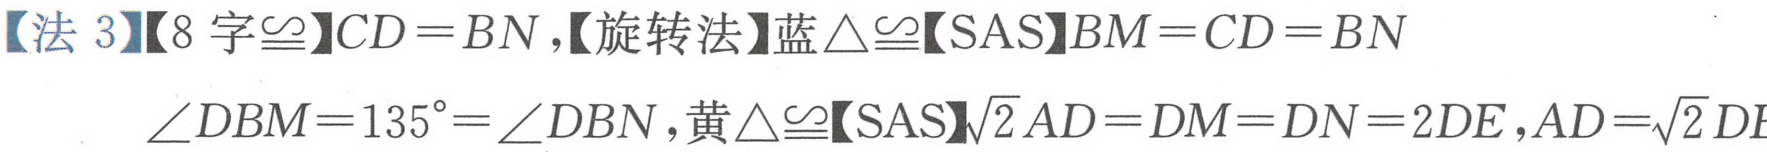
【法 3】【8 字$\cong$】$CD = BN$，【旋转法】蓝$\triangle\cong$【SAS】$BM = CD = BN$
$\angle DBM = 135^{\circ}=\angle DBN$，黄$\triangle\cong$【SAS】$\sqrt{2}AD = DM = DN = 2DE$，$AD=\sqrt{2}DE$